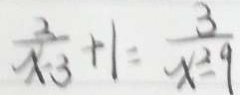
\frac { 2 } { x - 3 } + 1 = \frac { 3 } { x ^ { 2 } - 9 }